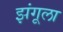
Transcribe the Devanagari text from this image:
झंगूला